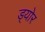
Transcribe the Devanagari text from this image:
ड्योर